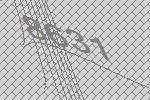
8631